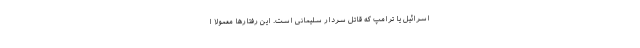
اسرائیل یا ترامپ که قاتل سردار سلیمانی است. این رفتارها معمولاً ا